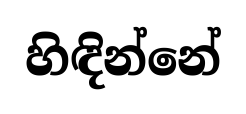
හිඳින්නේ